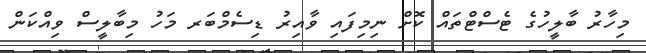
މިހާރު ބާލީހުގެ ޓެސްޓްތައް ކޮށް ނިމިފައި ވާއިރު ޑިސެމްބަރ މަހު މިބާލީސް ވިއްކަން